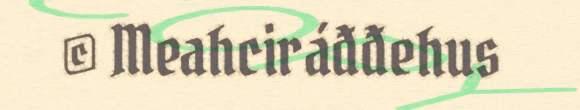
© Meahciráđđehus